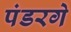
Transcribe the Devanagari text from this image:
पंडरगे